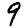
Digit: 9